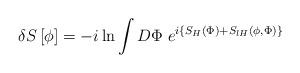
LaTeX: \begin{align*}\delta S\left[ \phi \right] =-i\ln \int D\Phi \;e^{i\left\{ S_H\left( \Phi\right) +S_{lH}\left( \phi ,\Phi \right) \right\} } \end{align*}